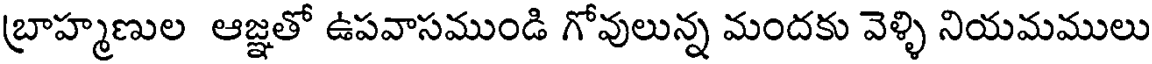
బ్రాహ్మణుల ఆజ్ఞతో ఉపవాసముండి గోవులున్న మందకు వెళ్ళి నియమములు